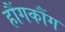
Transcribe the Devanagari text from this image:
हौंगकौंग